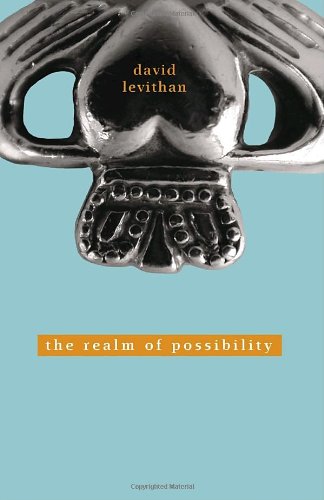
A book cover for The Realm of Possibility; David Levithan; Teen & Young Adult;